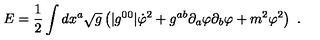
E = { \frac { 1 } { 2 } } \int d x ^ { a } \sqrt { g } \left( | g ^ { 0 0 } | \dot { \varphi } ^ { 2 } + g ^ { a b } \partial _ { a } \varphi \partial _ { b } \varphi + m ^ { 2 } \varphi ^ { 2 } \right) \ .